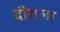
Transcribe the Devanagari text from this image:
दीराला